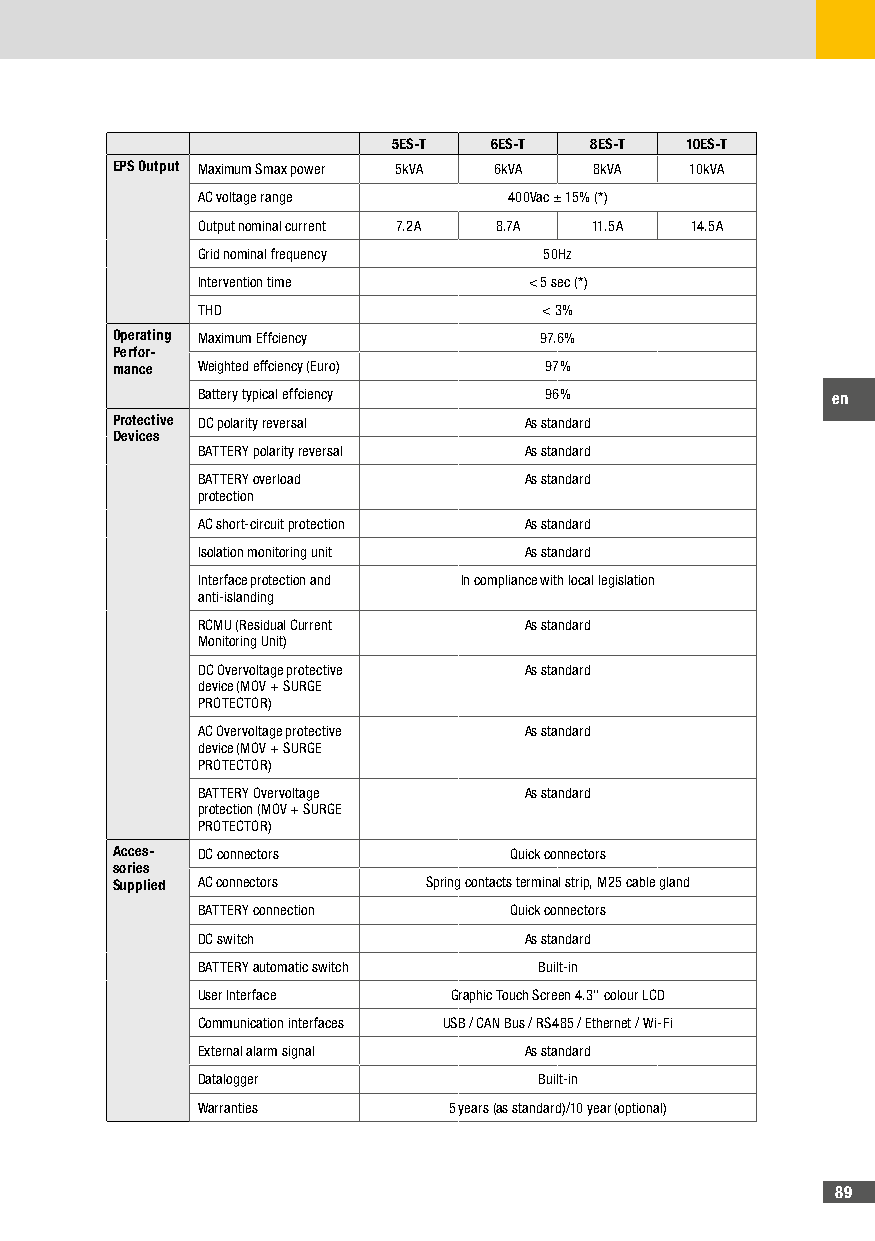
5ES-T 6ES-T  8ES-T 10ES-T
 EPS Output Maximum Smax power 5kVA 6kVA 8kVA 10kVA
 AC voltage range     400Vac ± 15% (*)
 Output nominal current 7.2A 8.7A 11.5A 14.5A
 Grid nominal frequency 50Hz
 Intervention time     < 5 sec (*)
 THD                    < 3%
 Operating Maximum Effciency  97.6%
 Perfor-
 mance Weighted effciency (Euro) 97%
 Battery typical effciency 96%             en
 Protective DC polarity reversal As standard
 Devices
 BATTERY polarity reversal As standard
 BATTERY overload      As standard
 protection
 AC short-circuit protection As standard
 Isolation monitoring unit As standard
 Interface protection and In compliance with local legislation
 anti-islanding
 RCMU (Residual Current As standard
 Monitoring Unit)
 DC Overvoltage protective As standard
 device (MOV + SURGE
 PROTECTOR)
 AC Overvoltage protective As standard
 device (MOV + SURGE
 PROTECTOR)
 BATTERY Overvoltage   As standard
 protection (MOV + SURGE
 PROTECTOR)
 Acces- DC connectors       Quick connectors
 sories
 Supplied AC connectors Spring contacts terminal strip, M25 cable gland
 BATTERY connection   Quick connectors
 DC switch             As standard
 BATTERY automatic switch Built-in
 User Interface   Graphic Touch Screen 4.3’’ colour LCD
 Communication interfaces USB / CAN Bus / RS485 / Ethernet / Wi-Fi
 External alarm signal As standard
 Datalogger             Built-in
 Warranties       5 years (as standard)/10 year (optional)
 89